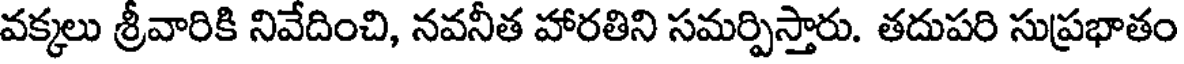
వక్కలు శ్రీవారికి నివేదించి, నవనీత హారతిని సమర్పిస్తారు. తదుపరి సుప్రభాతం